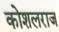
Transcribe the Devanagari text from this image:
कोशलराज